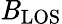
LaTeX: \mathit{B}_{\mathrm{{LOS}}}